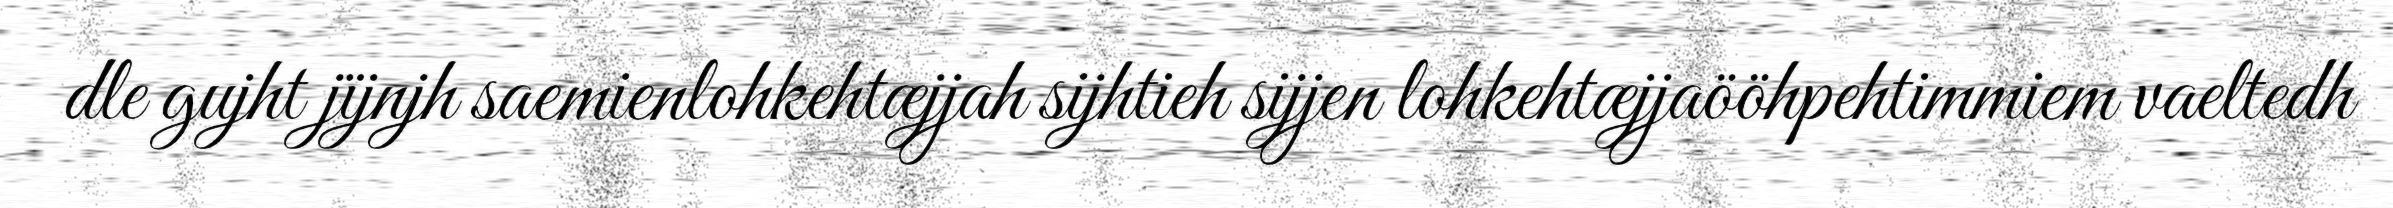
dle gujht jïjnjh saemienlohkehtæjjah sijhtieh sijjen lohkehtæjjaööhpehtimmiem vaeltedh